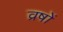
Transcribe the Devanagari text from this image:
व्रषों